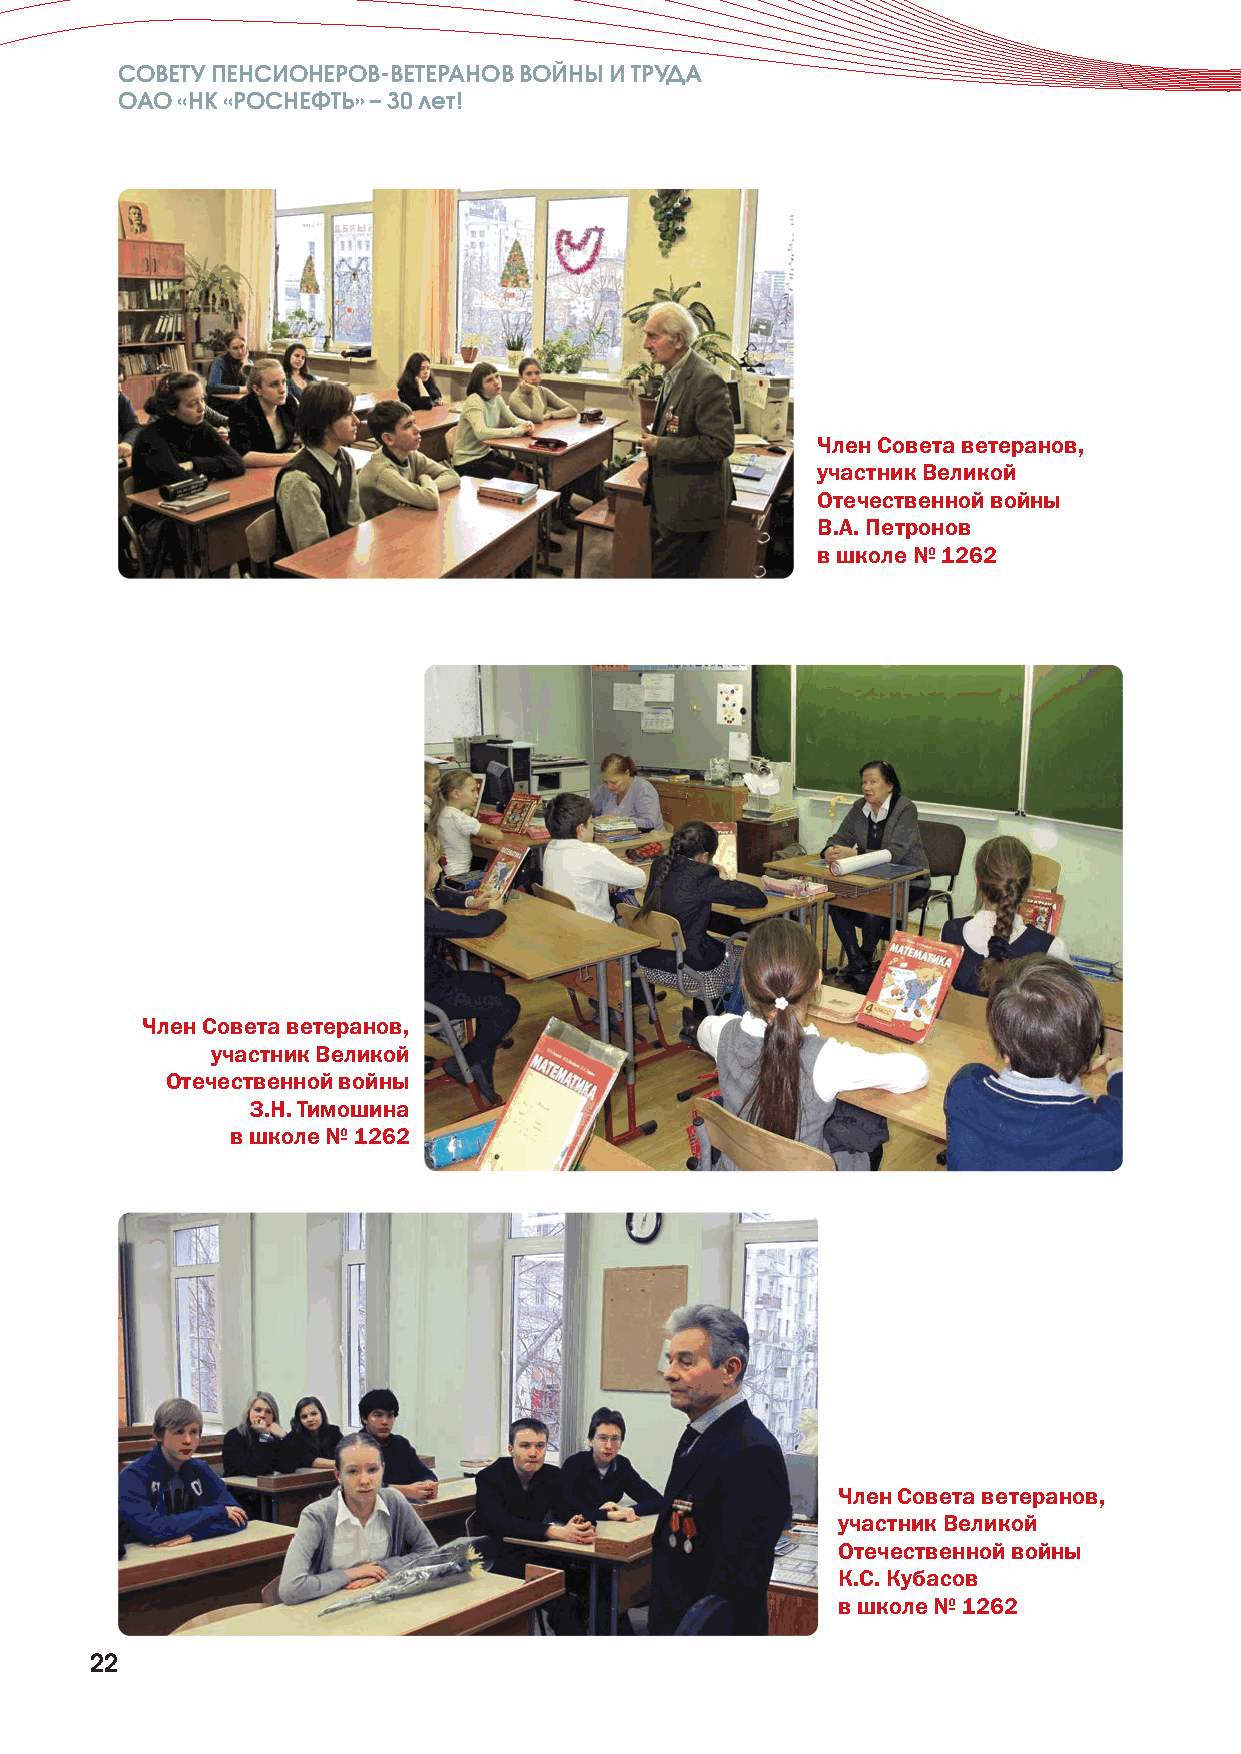
СОВЕТУ ПЕНСИОНЕРОВ-ВЕТЕРАНОВ ВОЙНЫ И ТРУДА
 ОАО «НК «РОСНЕФТЬ» –30 лет!
 Член Совета ветеранов,
 участник Великой
 Отечественной войны
 В.А. Петронов
 в школе № 1262
 Член Совета ветеранов,
 участник Великой
 Отечественной войны
 З.Н. Тимошина
 в школе № 1262
 Член Совета ветеранов,
 участник Великой
 Отечественной войны
 К.С. Кубасов
 в школе № 1262
 22